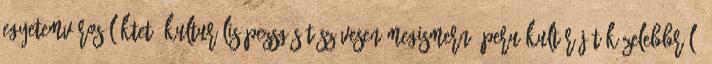
egyetemváros lüktető kulturális pezsgését Szívesen megismerné Peru kultúráját közelebbről?